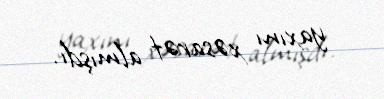
yaxını xəsarət almışdı.